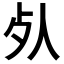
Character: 𣦸